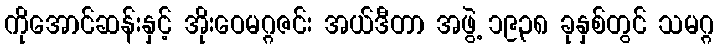
ကိုအောင်ဆန်းနှင့် အိုးဝေမဂ္ဂဇင်း အယ်ဒီတာ အဖွဲ့ ၁၉၃၈ ခုနှစ်တွင် သမဂ္ဂ